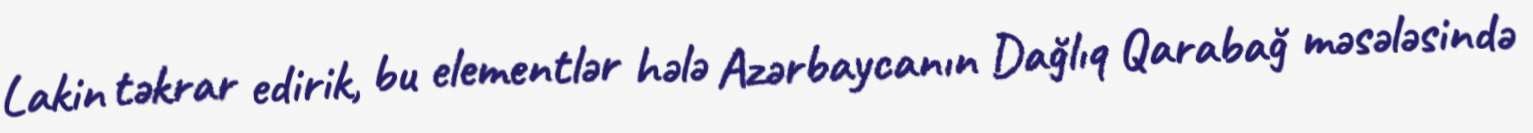
Lakin təkrar edirik, bu elementlər hələ Azərbaycanın Dağlıq Qarabağ məsələsində